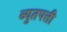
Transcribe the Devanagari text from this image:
व्युतपत्ती